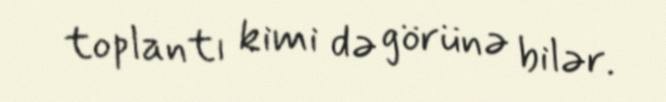
toplantı kimi də görünə bilər.